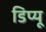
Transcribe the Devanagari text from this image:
डिप्यू